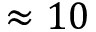
\approx 1 0